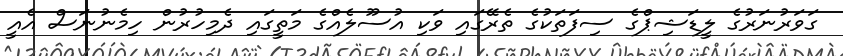
ގަވަރުނަރުގެ ލީޑަޝިޕްގެ ސިފަތަކުގެ ތެރޭގައި ވަކި އުސޫލެއްގެ މަތީގައި ދެމިހުރުން ހިމެނުނަސް އެއީ